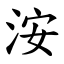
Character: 洝